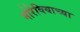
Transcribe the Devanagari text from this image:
मोरेवियाच्या